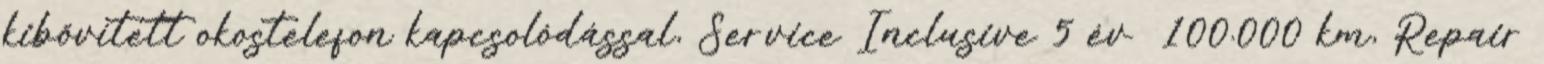
kibővített okostelefon kapcsolódással, Service Inclusive 5 év 100.000 km, Repair